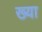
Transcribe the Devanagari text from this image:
ख्या